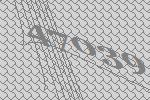
47039